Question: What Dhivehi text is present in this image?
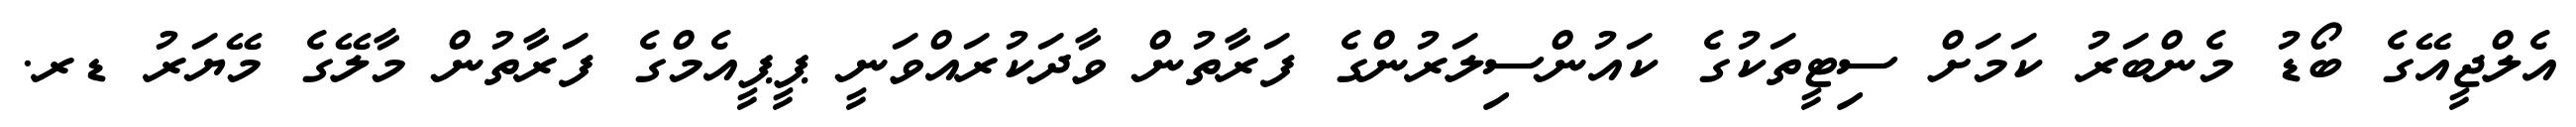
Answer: އެލްޖީއޭގެ ބޯޑު މެންބަރު ކަމަށް ސިޓީތަކުގެ ކައުންސިލަރުންގެ ފަރާތުން ވާދަކުރައްވަނީ ޕީޕީއެމްގެ ފަރާތުން މާލޭގެ މޭޔަރު ޑރ.